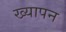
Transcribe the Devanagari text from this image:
ख्यापन